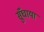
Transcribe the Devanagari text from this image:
सुँघाया